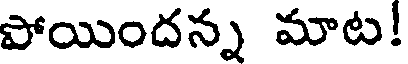
పోయిందన్న మాట!